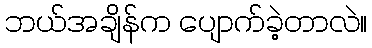
ဘယ်အချိန်က ပျောက်ခဲ့တာလဲ။